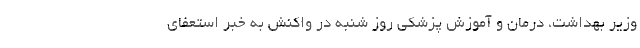
وزیر بهداشت، درمان و آموزش پزشکی روز شنبه در واکنش به خبر استعفای